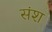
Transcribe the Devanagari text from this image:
संश